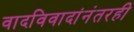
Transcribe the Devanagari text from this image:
वादविवादांनंतरही